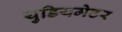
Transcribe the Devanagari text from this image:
युडियमेटर